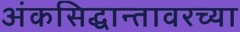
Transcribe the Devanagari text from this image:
अंकसिद्धान्तावरच्या